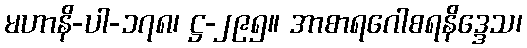
မဟာနိ-ပါ-၁၇၈၊ ဋ္ဌ-၂၉၅။ အာစာရဂေါစရနိဒ္ဒေသ၊